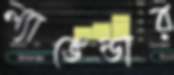
ল্যাভেন্ডার